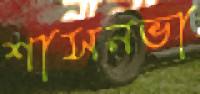
শাসনভা